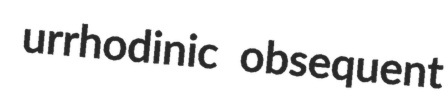
urrhodinic obsequent